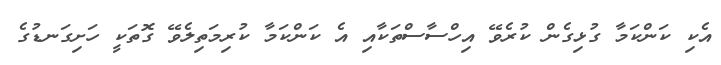
އެކި ކަންކަމާ ގުޅިގެން ކުރެވޭ އިހްސާސްތަކާއި އެ ކަންކަމާ ކުރިމަތިލެވޭ ގޮތަކީ ހަށިގަނޑުގެ